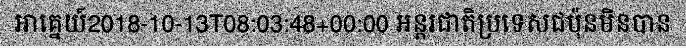
អាគ្នេយ៍2018-10-13T08:03:48+00:00 អន្តរជាតិប្រទេសជប៉ុនមិនបាន